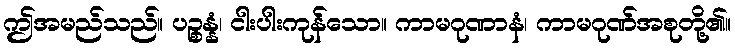
ဤအမည်သည်။ ပဉ္စန္နံ၊ ငါးပါးကုန်သော။ ကာမဂုဏာနံ၊ ကာမဂုဏ်အစုတို့၏။